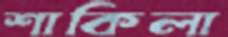
শাকিলা